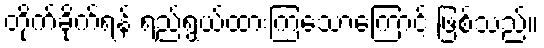
တိုက်ခိုက်ရန် ရည်ရွယ်ထားကြသောကြောင့် ဖြစ်သည်။